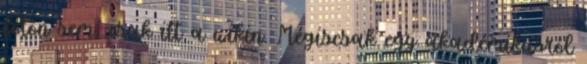
fotón sem, csak itt a wikin. Mégiscsak egy akadémikusról